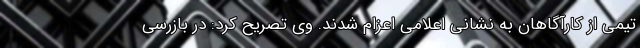
تیمی از کارآگاهان به نشانی اعلامی اعزام شدند. وی تصریح کرد: در بازرسی